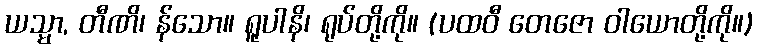
ယသ္မာ, တီဏိ၊ န်သော။ ရူပါနိ၊ ရုပ်တို့ကို။ (ပထဝီ တေဇော ဝါယောတို့ကို။)